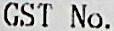
GST NO.